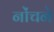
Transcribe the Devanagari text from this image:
नोंचने